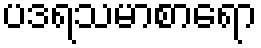
ပဒရသမာစာရော